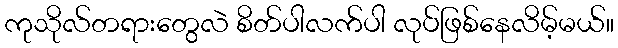
ကုသိုလ်တရားတွေလဲ စိတ်ပါလက်ပါ လုပ်ဖြစ်နေလိမ့်မယ်။